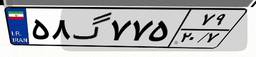
۵۸گ۷۷۵۷۹